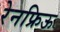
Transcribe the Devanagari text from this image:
रेनफ्रिऊ